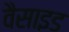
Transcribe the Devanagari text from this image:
वैसाइड